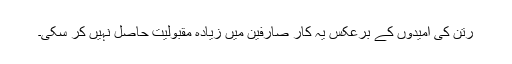
رتن کی امیدوں کے برعکس یہ کار صارفین میں زیادہ مقبولیت حاصل نہیں کر سکی۔